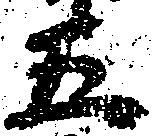
五